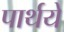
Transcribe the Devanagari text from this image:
पार्थये